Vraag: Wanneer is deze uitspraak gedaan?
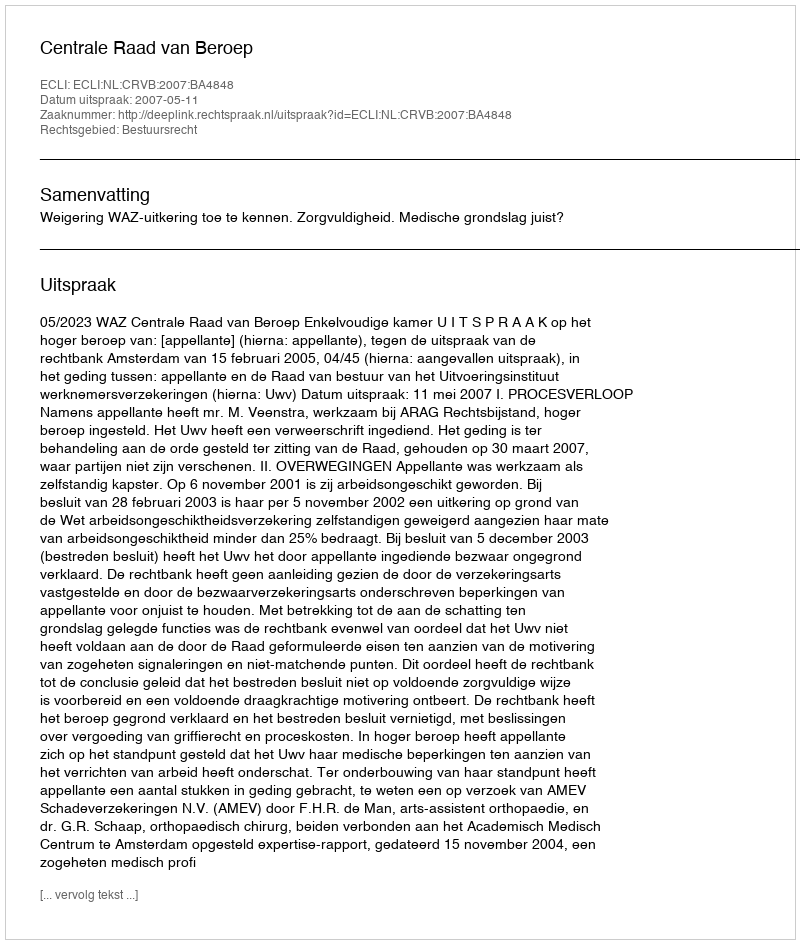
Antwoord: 2007-05-11